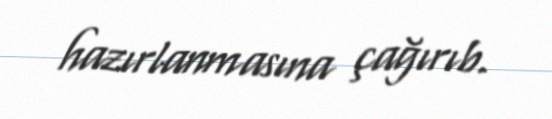
hazırlanmasına çağırıb.